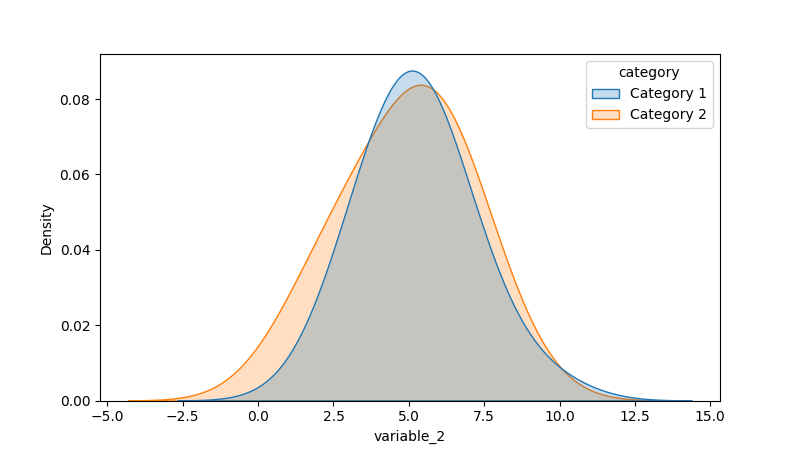
python, seaborn, kdeplot, hue='category', fill=True, bw_adjust=2.0